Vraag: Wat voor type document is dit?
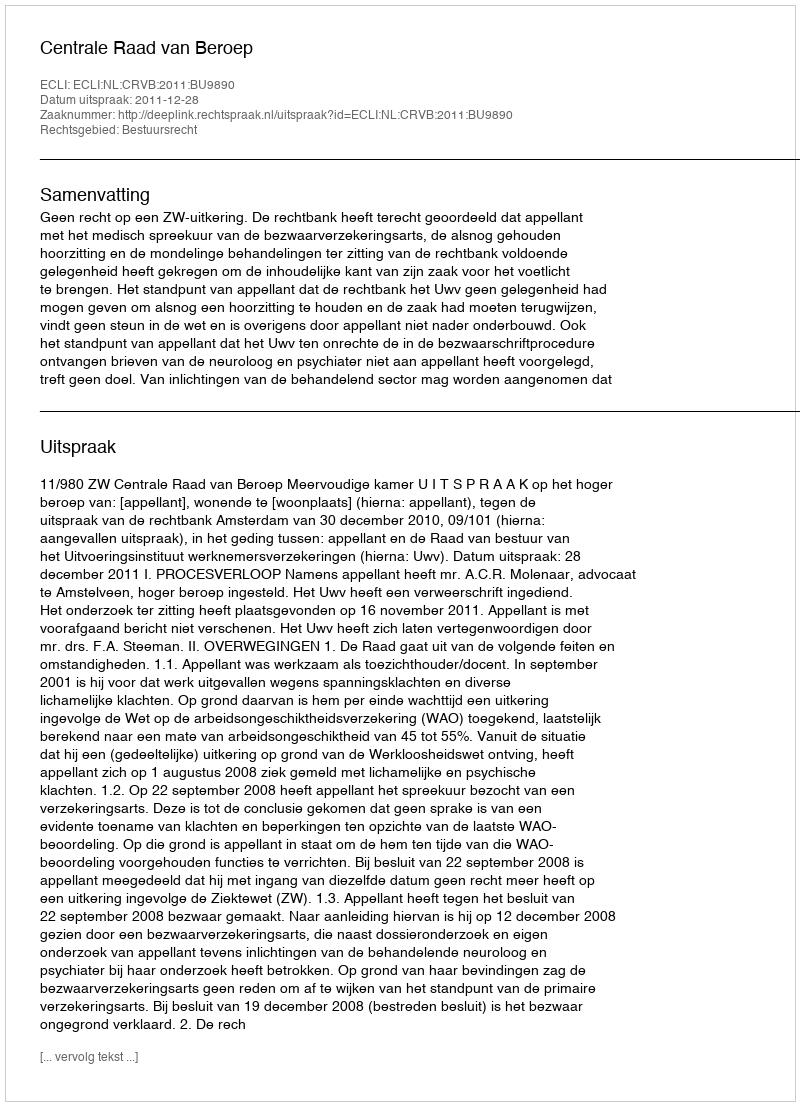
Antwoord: Uitspraak